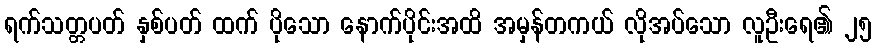
ရက်သတ္တပတ် နှစ်ပတ် ထက် ပိုသော နောက်ပိုင်းအထိ အမှန်တကယ် လိုအပ်သော လူဦးရေ၏ ၂၅